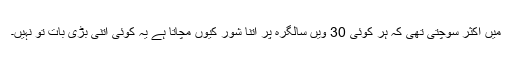
میں اکثر سوچتی تھی کہ ہر کوئی 30 ویں سالگرہ پر اتنا شور کیوں مچاتا ہے یہ کوئی اتنی بڑی بات تو نہیں۔